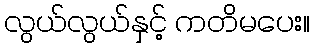
လွယ်လွယ်နှင့် ကတိမပေး။